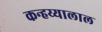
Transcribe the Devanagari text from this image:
कन्हय्यालाल